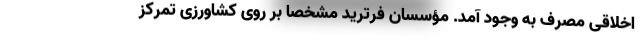
اخلاقیِ مصرف به وجود آمد. مؤسسان فرترید مشخصاً بر روی کشاورزی تمرکز